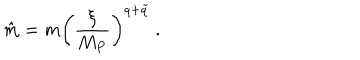
\hat { m } = m \left( { \frac { \xi } { M _ { P } } } \right) ^ { q + \tilde { q } } \ .